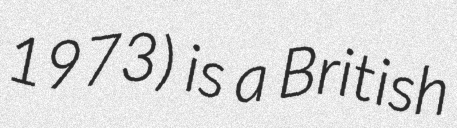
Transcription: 1973) is a British